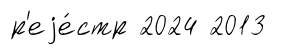
р'еjе́стр 2024 2013